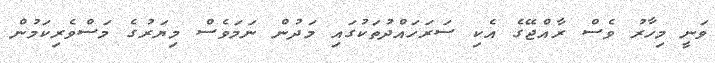
ވަނީ މިހާރު ވެސް ރާއްޖޭގެ އެކި ސަރަހައްދުތަކުގައި މަދުން ނަމަވެސް މިޔަރުގެ މަސްވެރިކަމުން